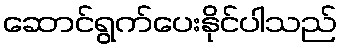
ဆောင်ရွက်ပေးနိုင်ပါသည်